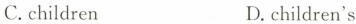
C.children D.children's